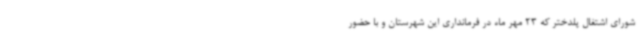
شورای اشتغال پلدختر که 23 مهر ماه در فرمانداری این شهرستان و با حضور